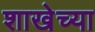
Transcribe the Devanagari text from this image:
शाखेच्‍या